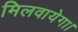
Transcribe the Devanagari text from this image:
मिलवायेगा।